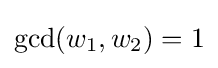
\gcd(w_{1},w_{2})=1